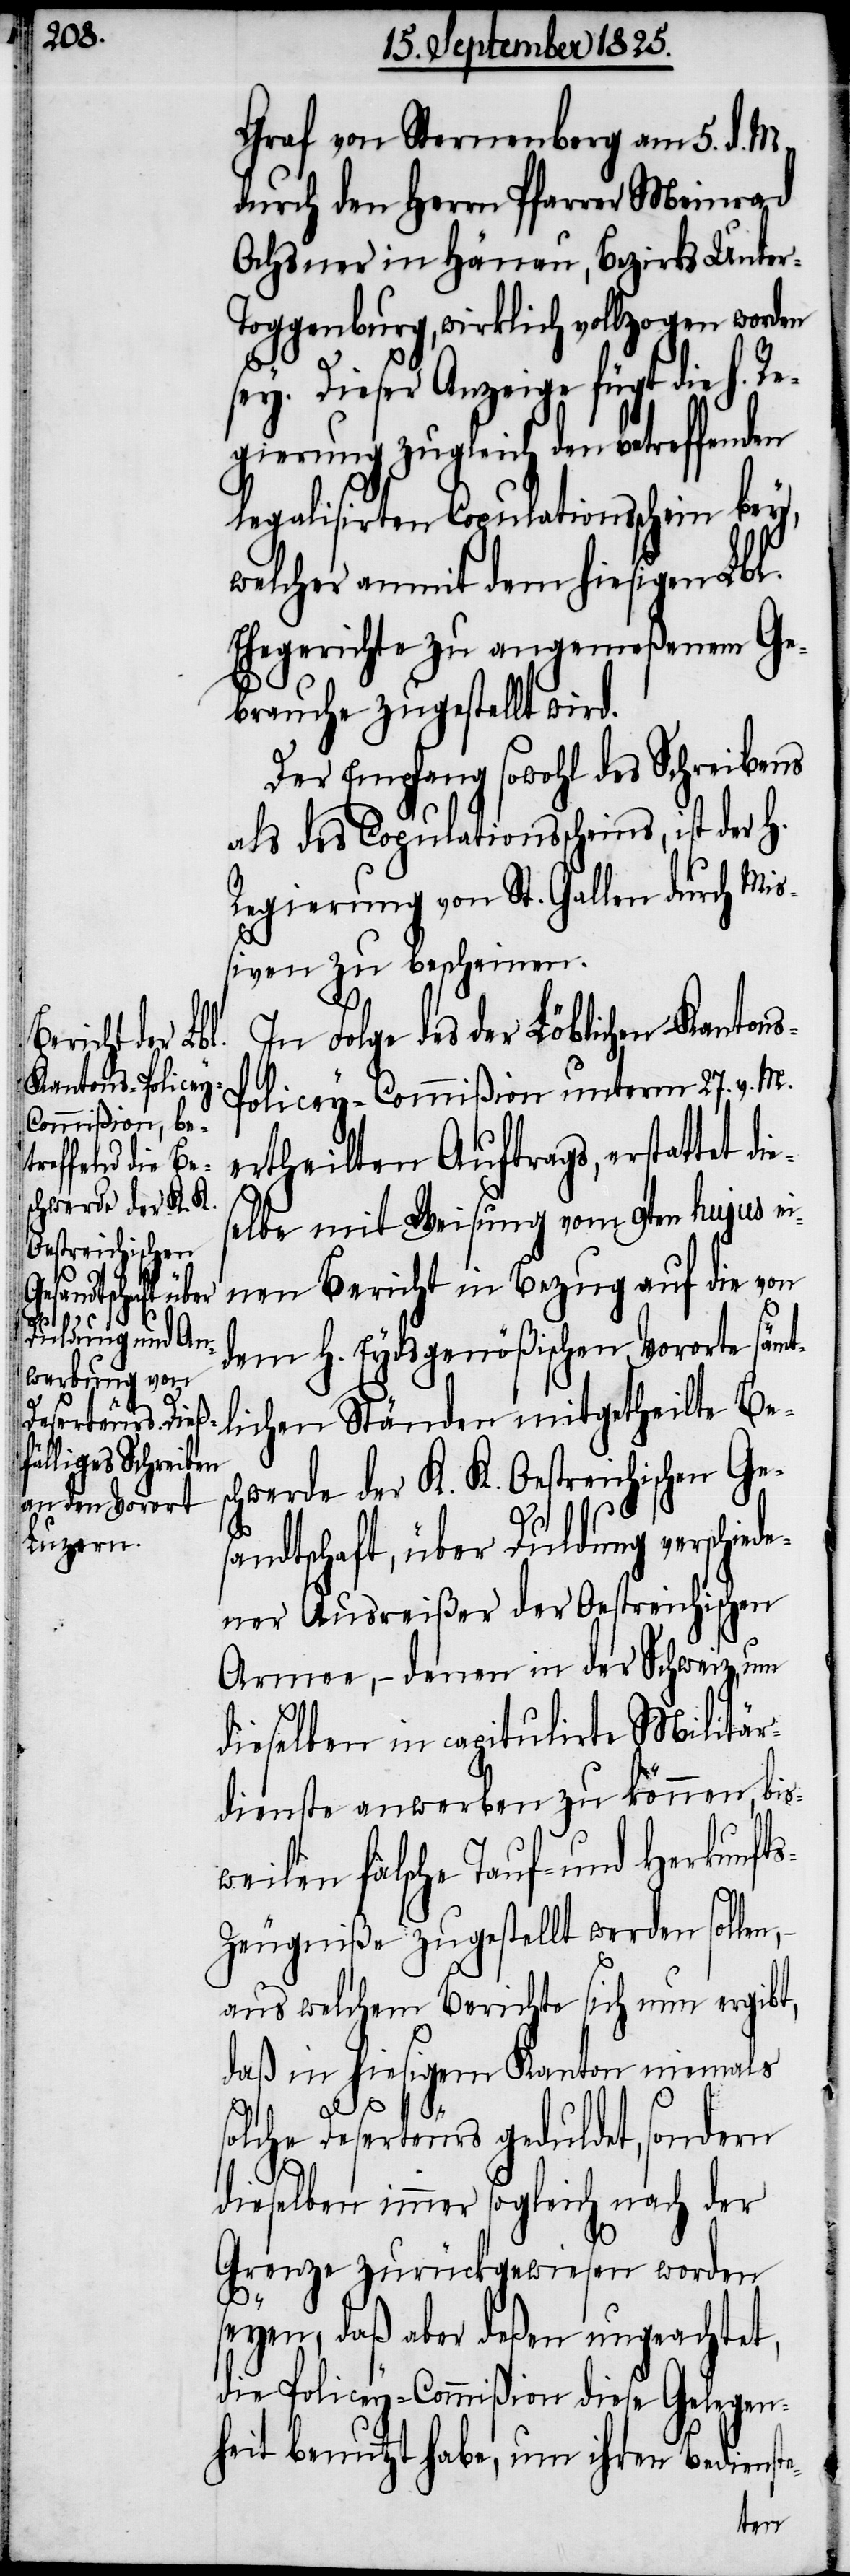
schwerde der K. K.
Oestreichischen
Ges¬

Graf von Sternenberg am 5. d. M.
durch den Herrn Pfarrer Meinrad
Ochsner in Hänau, Bezirks Unte¬
oggenburg, wirklich vollzogen worden
sey. Dieser Anzeige fügt die h. R¬
egierung zugleich den betreffenden
legalisirten Copulationsschein bey,
welcher anmit dem hiesigen Lbl.
Ehegerichte zu angemeßenem Ge¬
brauche zugestellt wird.
Der Empfang sowohl des Schreibens
als des Copulationsscheins, ist der
Regierung von St. Gallen durch Mis¬
siven zu bescheinen.
In Folge des der Löblichen Kanton¬
s-Policey-Commißion unterm 27. v. M.
ertheilten Auftrags, erstattet di¬
eselbe mit Weisung vom 9ten hujus ei¬
nen Bericht in Bezug auf die von
dem h. Eydsgenößischen Vororte sämt¬
lichen Ständen mitgetheilte Be¬
andtschaft, über Duldung verschiede¬
ner Ausreißer der Oestreichischen
Armee, – denen in der Schweiz, um
dieselben in capitulirte Militär¬
dienste anwerben zu können, bis¬
weilen falsche Tauf- und Herkunft¬
s-Zeugniße zugestellt werden sollen,
aus welchem Berichte sich nun ergibt,
daß in hiesigem Kanton niemals
solche Deserteurs geduldet, sondern
dieselben immer sogleich nach der
Grenze zurückgewiesen worden
seyen, daß aber deßen ungeachtet,
die Policey-Commißion diese Gelegen¬
heit benutzt habe, um ihren Bediens¬
te-